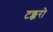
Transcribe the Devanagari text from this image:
टक्करो